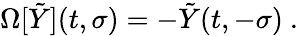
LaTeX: \Omega[\tilde{Y}](t,\sigma)=-\tilde{Y}(t,-\sigma)\ .